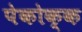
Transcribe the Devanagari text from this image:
पेकोक्क